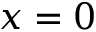
x = 0